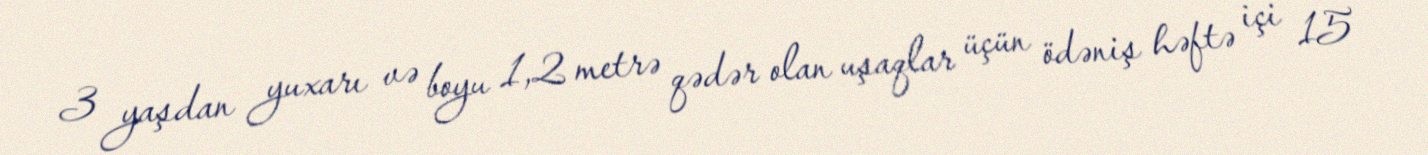
3 yaşdan yuxarı və boyu 1,2 metrə qədər olan uşaqlar üçün ödəniş həftə içi 15